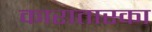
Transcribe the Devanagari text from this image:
कारातास्का